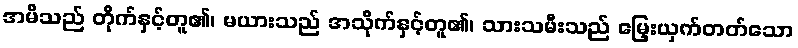
အမိသည် တိုက်နှင့်တူ၏၊ မယားသည် အသိုက်နှင့်တူ၏၊ သားသမီးသည် မြှေးယှက်တတ်သော